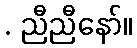
. ညီညီနော်။